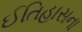
ઈતિહાસના